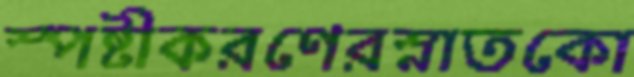
স্পষ্টীকরণেরস্নাতকো